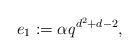
LaTeX: \begin{align*}e_1:=\alpha q^{d^2+d-2},\end{align*}